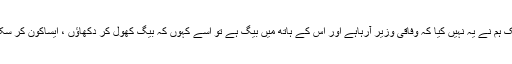
کاشف عباسی کا کہناتھا کہ مجھے 12سال پروگرام کرتے ہوئے ہو گئے ہیں ،آج تک ہم نے یہ نہیں کیا کہ وفاقی وزیر آرہاہے اور اس کے ہاتھ میں بیگ ہے تو اسے کہوں کہ بیگ کھول کر دکھاﺅں ، ایساکون کر سکتاہے ،وہ وفاقی وزیر ہے یا سینئر سیاسی شخصیت ہیں ، یہ ایک بنیادی اعتبار ہے ۔